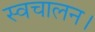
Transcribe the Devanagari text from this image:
स्वचालन।